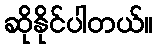
ဆိုနိုင်ပါတယ်။